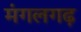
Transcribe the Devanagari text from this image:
मंगलगढ़